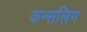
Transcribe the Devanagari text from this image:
कन्सलिग